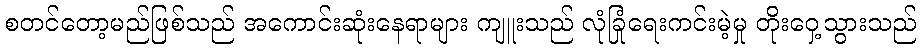
စတင်တော့မည်ဖြစ်သည် အကောင်းဆုံးနေရာများ ကျူးသည် လုံခြုံရေးကင်းမဲ့မှု တိုးဝှေ့သွားသည်